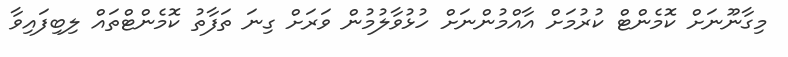
މިގާނޫނަށް ކޮމެންޓް ކުރުމަށް އާއްމުންނަށް ހުޅުވާލުމުން ވަރަށް ގިނަ ތަފާތު ކޮމެންޓްތައް ލިބިފައިވާ